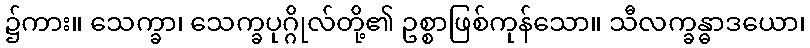
၌ကား။ သေက္ခာ၊ သေက္ခပုဂ္ဂိုလ်တို့၏ ဥစ္စာဖြစ်ကုန်သော။ သီလက္ခန္ဓာဒယော၊